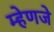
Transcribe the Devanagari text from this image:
म्हेणजे